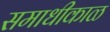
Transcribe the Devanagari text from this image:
समाधीकाळ